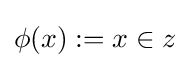
\phi (x):=x\in z